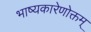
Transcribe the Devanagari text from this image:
भाष्यकारेणोक्तम्